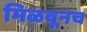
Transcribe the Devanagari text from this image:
मिळवूनच